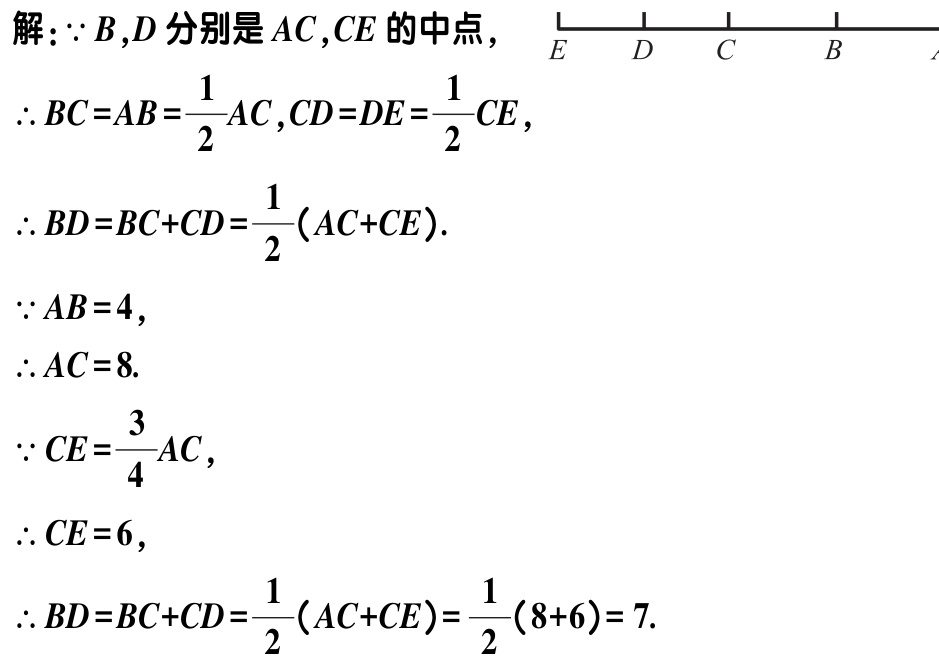
解：$\because B,D$分别是$AC,CE$的中点，

$\therefore BC = AB=\frac{1}{2}AC,CD = DE=\frac{1}{2}CE$，

$\therefore BD=BC + CD=\frac{1}{2}(AC + CE)$.

$\because AB = 4$，

$\therefore AC = 8$.

$\because CE=\frac{3}{4}AC$，

$\therefore CE = 6$，

$\therefore BD=BC + CD=\frac{1}{2}(AC + CE)=\frac{1}{2}(8 + 6)= 7$.